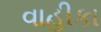
વાહીકા